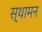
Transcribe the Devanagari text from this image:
स्थामन